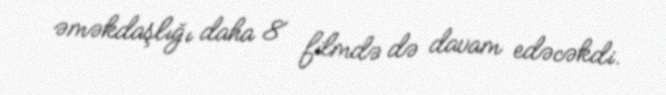
əməkdaşlığı daha 8 filmdə də davam edəcəkdi.